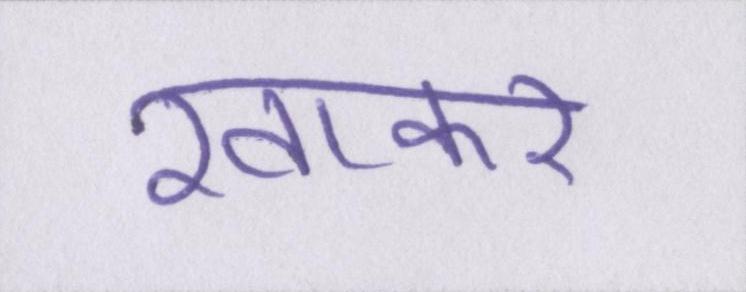
खाकर